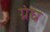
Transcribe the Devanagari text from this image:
ग्रंघ